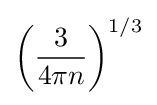
\left({\frac {3}{4\pi n}}\right)^{1/3}